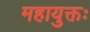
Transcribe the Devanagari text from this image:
महायुक्तः